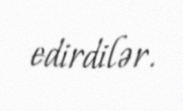
edirdilər.